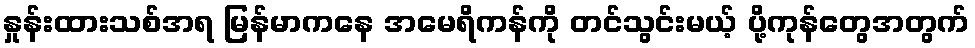
နှုန်းထားသစ်အရ မြန်မာကနေ အမေရိကန်ကို တင်သွင်းမယ့် ပို့ကုန်တွေအတွက်